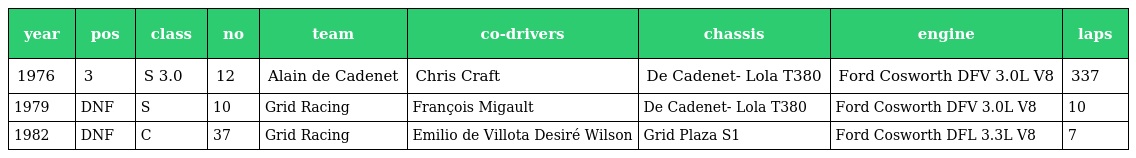
| year | pos | class | no | team | co-drivers | chassis | engine | laps |
 | --- | --- | --- | --- | --- | --- | --- | --- | --- |
 | 1976 | 3 | S 3.0 | 12 | Alain de Cadenet | Chris Craft | De Cadenet- Lola T380 | Ford Cosworth DFV 3.0L V8 | 337 |
 | 1979 | DNF | S | 10 | Grid Racing | François Migault | De Cadenet- Lola T380 | Ford Cosworth DFV 3.0L V8 | 10 |
 | 1982 | DNF | C | 37 | Grid Racing | Emilio de Villota Desiré Wilson | Grid Plaza S1 | Ford Cosworth DFL 3.3L V8 | 7 |